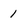
Character: 1